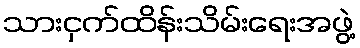
သားငှက်ထိန်းသိမ်းရေးအဖွဲ့